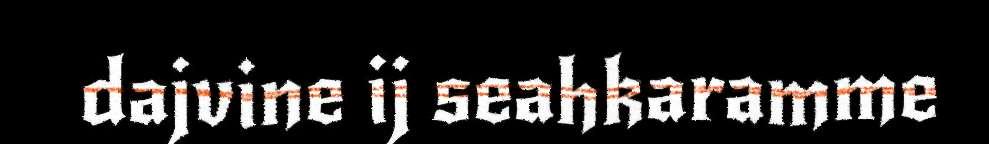
dajvine ij seahkaramme